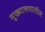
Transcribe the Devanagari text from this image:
मुख्यालयातील